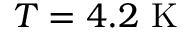
T = 4 . 2 ~ \mathrm { K }